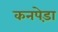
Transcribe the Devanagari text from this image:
कनपेड़ा